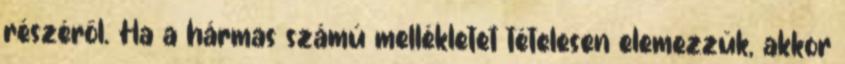
részéről. Ha a hármas számú mellékletet tételesen elemezzük, akkor